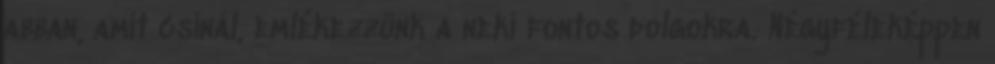
abban, amit csinál, emlékezzünk a neki fontos dolgokra. Négyféleképpen